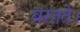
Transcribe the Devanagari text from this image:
बरतते।